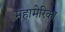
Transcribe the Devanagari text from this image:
महामेरिका